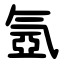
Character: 氬